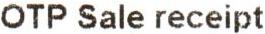
OTP SALE RECEIPT